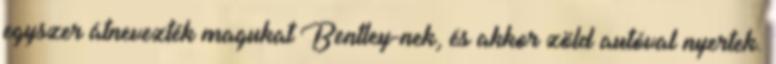
egyszer átnevezték magukat Bentley-nek, és akkor zöld autóval nyertek.